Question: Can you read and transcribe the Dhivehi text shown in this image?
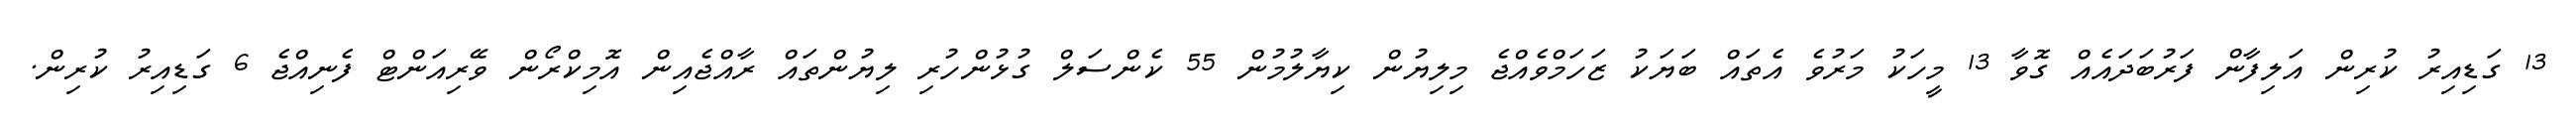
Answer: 13 ގަޑިއިރު ކުރިން އަލިފާން ފަރުބަދައެއް ގޮވާ 13 މީހަކު މަރުވެ އެތައް ބަޔަކު ޒަހަމްވެއްޖެ މިލިޔުން ކިޔާލުމުން 55 ކެންސަލް ގުޅުންހުރި ލިޔުންތައް ރާއްޖެއިން އޮމިކްރޯން ވޭރިއަންޓް ފެނިއްޖެ 6 ގަޑިއިރު ކުރިން.